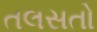
તલસતો